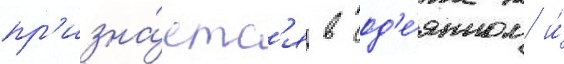
пр'изна́етс'я в сод'е́янном и́